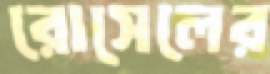
রোসেলের